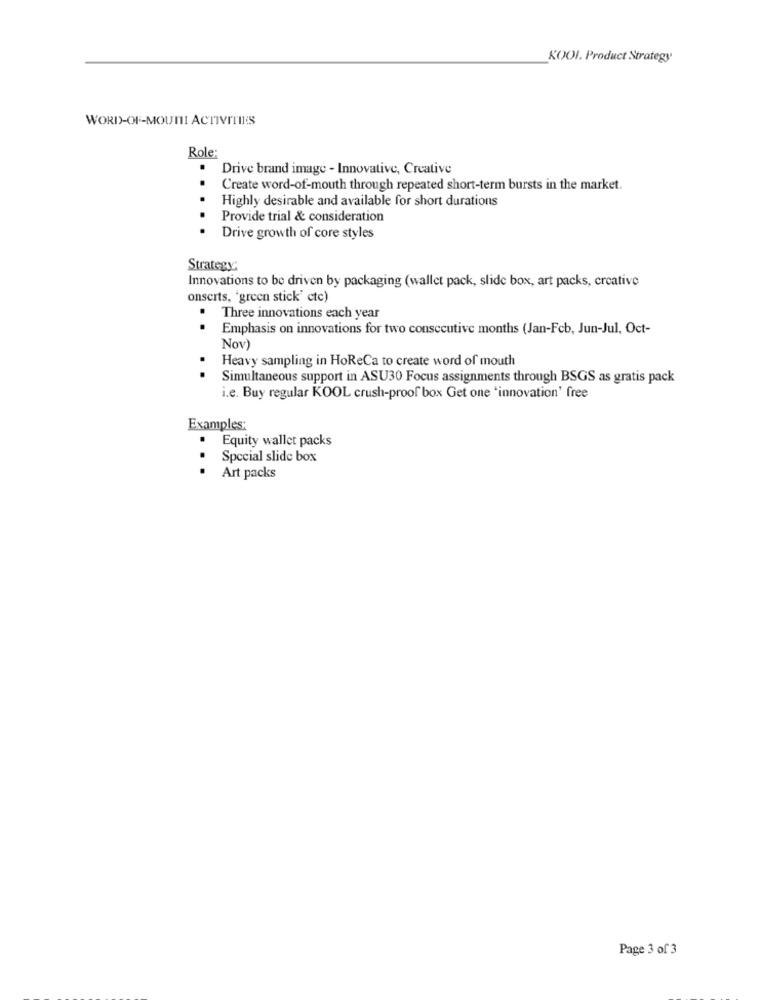
KOOI. Product Strategy
WORD-OF-MOUNI ACTIVITIES
Role:
Drive brand image - Innovative, Creative
Create word-of-mouth through repeated short-term bursts in the market.
Highly desirable and available for short durations
Provide trial & consideration
Drive growth of core styles
Strategy:
Innovations to be driven by packaging (wallet pack, slide box, art packs, creative
onscrts, 'green stick' ctc)
. Three innovations each year
Emphasis on innovations for two consecutive months (Jan-Feb, Jun-Jul, Oct-
Nov)
Heavy sampling in HoReCa to create word of mouth
Simultaneous support in ASU30 Focus assignments through BSGS as gratis pack
i.e. Buy regular KOOL crush-proof box Get one "innovation' free
Examples:
.
Equity wallet packs
Special slide box
...
Art packs
Page 3 of 3